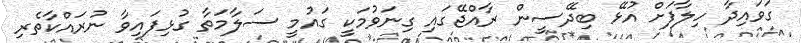
ގަވައިދާ ހިލާފަށް އުޅޭ ބިދޭސީން ރާއްޖޭގައި ގިނަވުމަކީ ގައުމީ ސަލާމަތާ ގުޅިފައިވާ ނުރައްކާތެރި